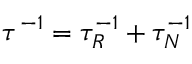
\tau ^ { - 1 } = \tau _ { R } ^ { - 1 } + \tau _ { N } ^ { - 1 }